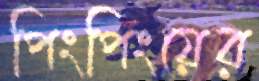
পিংপিংয়ের